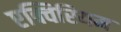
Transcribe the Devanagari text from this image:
एक्विरियम